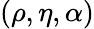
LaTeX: (\rho,\eta,\alpha)